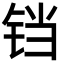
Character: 铛